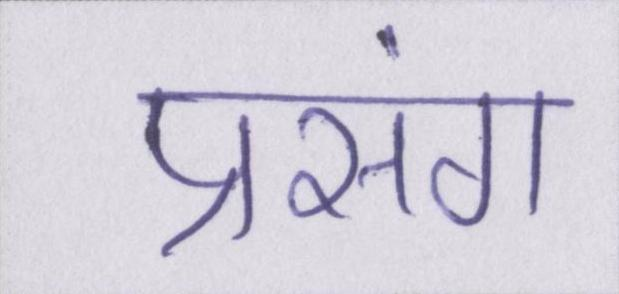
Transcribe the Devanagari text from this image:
प्रसंग